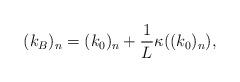
LaTeX: \begin{align*}(k_B)_n=(k_0)_n +\frac{1}{L}\kappa((k_0)_n),\end{align*}